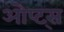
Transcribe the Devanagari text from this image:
ओप्ट्स